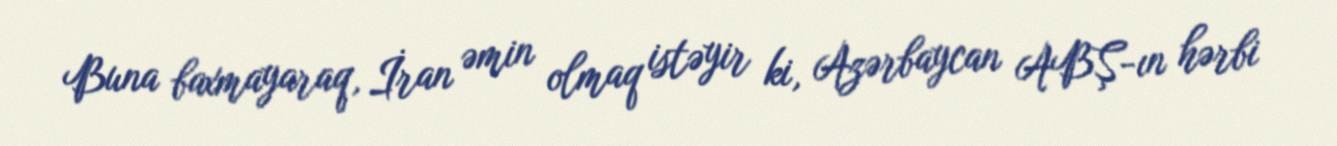
Buna baxmayaraq, İran əmin olmaq istəyir ki, Azərbaycan ABŞ-ın hərbi